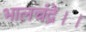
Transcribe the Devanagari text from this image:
भालचंद्रे।।